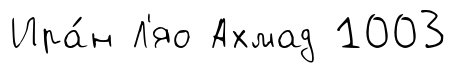
Ира́н Л'яо Ахмад 1003